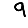
Digit: 9